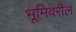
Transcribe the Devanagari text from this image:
भूमिवरील